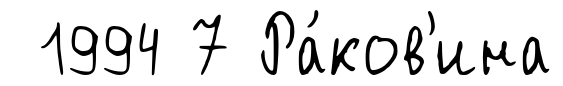
1994 7 Ра́ков'ина